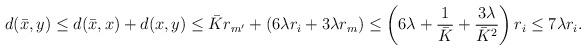
LaTeX: \begin{align*} d(\bar x, y) &\le d(\bar x, x) + d(x, y) \le \bar K r_{m'} + (6\lambda r_i + 3\lambda r_m)\le \left(6\lambda + \frac 1{\bar K} + \frac{3\lambda}{\bar K^2}\right) r_i \le 7\lambda r_i.\end{align*}